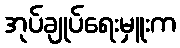
အုပ်ချုပ်ရေးမှူးက